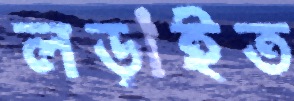
লড়াইত